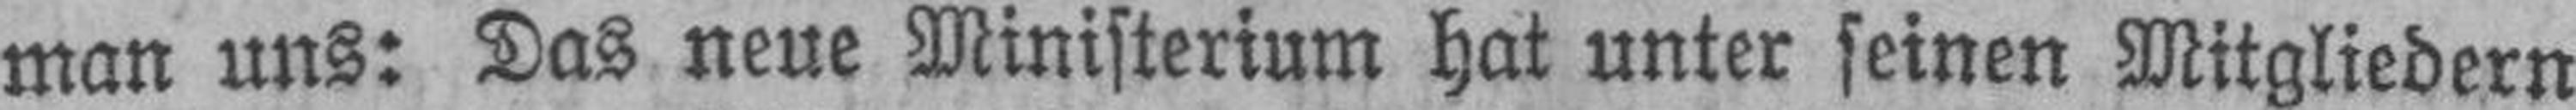
man uns: Das neue Ministerium hat unter seinen Mitgliedern